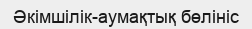
Әкімшілік-аумақтық бөлініс